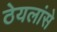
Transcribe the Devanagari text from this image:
ठेयलांसे